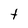
Character: t